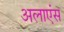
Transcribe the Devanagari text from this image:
अलाएंस